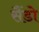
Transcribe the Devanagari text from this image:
सैंडो